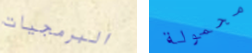
البرمجيات محمولة